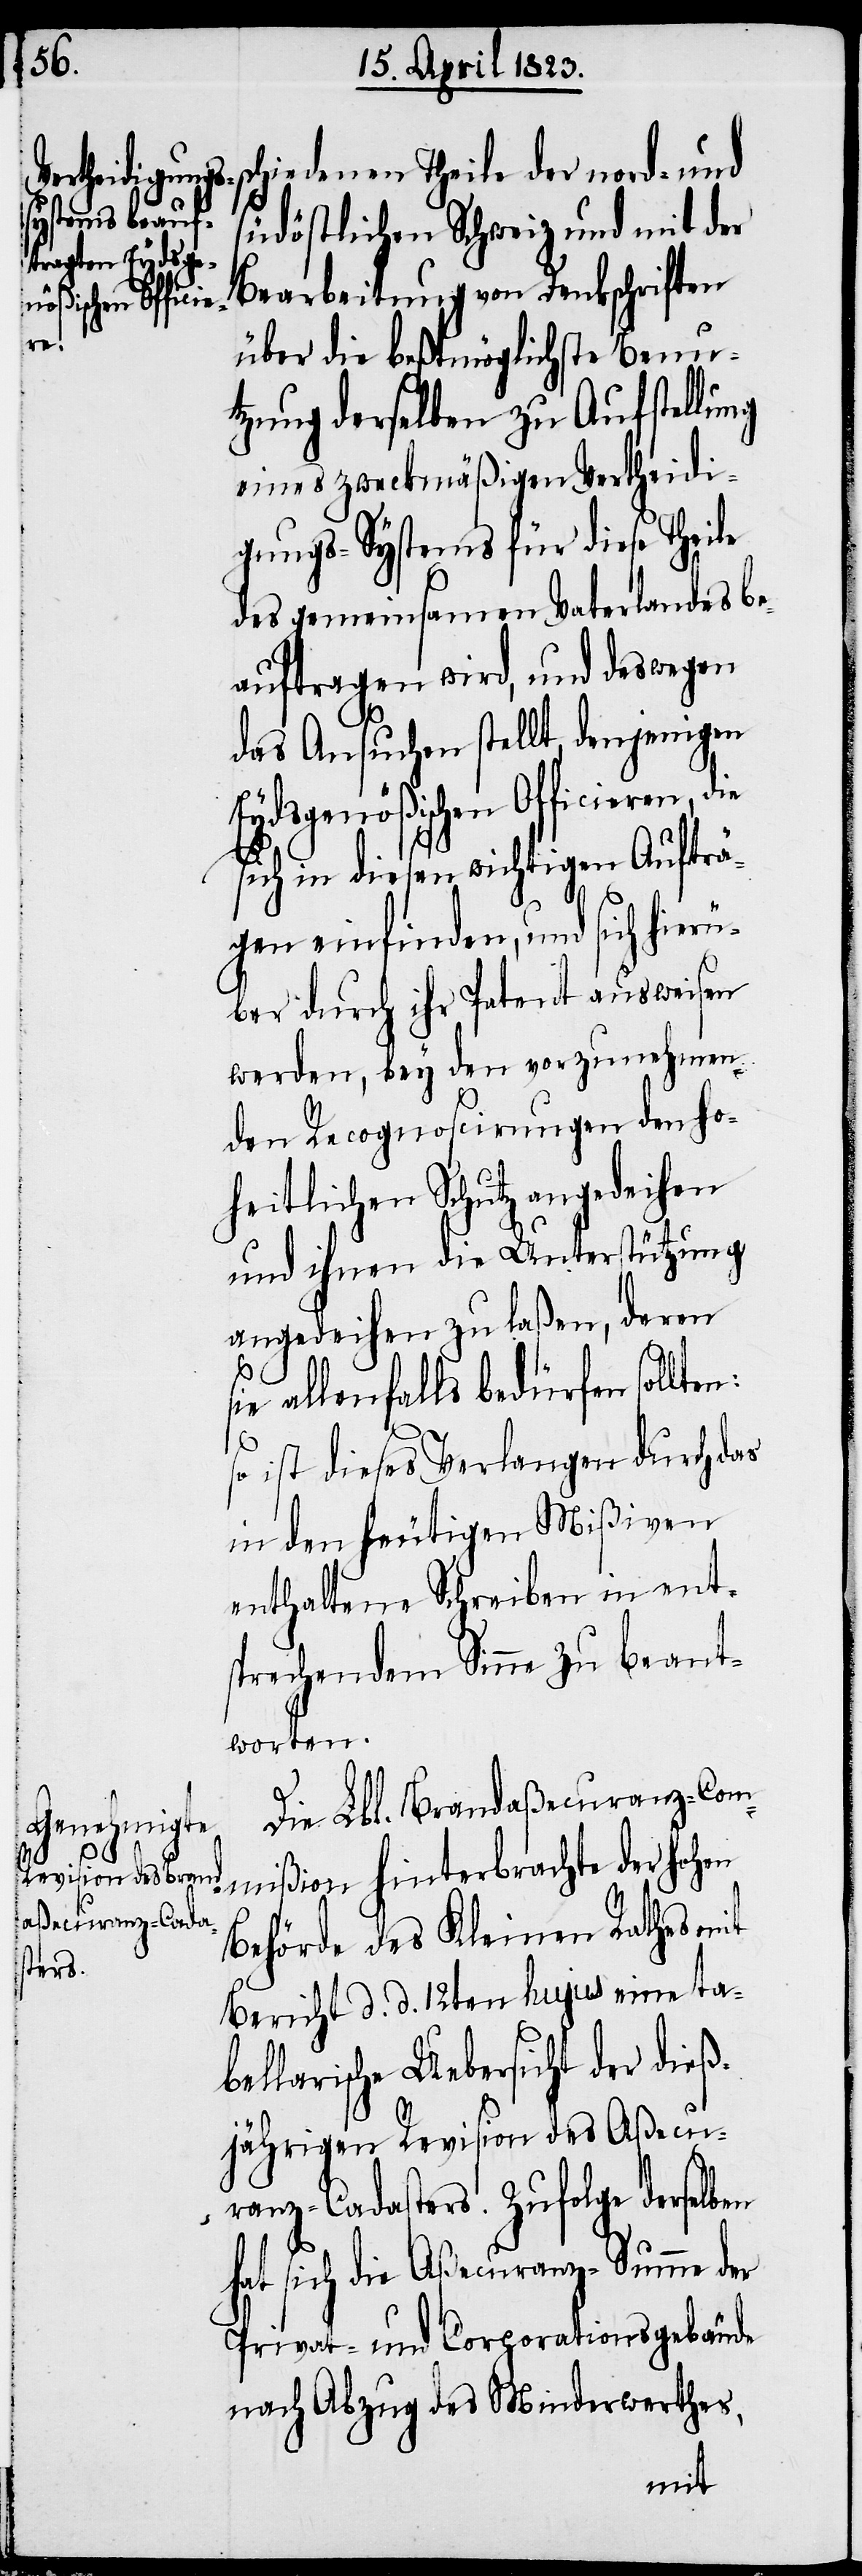
schiedenen Theile der nord- und
südöstlichen Schweiz und mit der
Bearbeitung von Denkschriften
über die beßtmöglichste Benu¬
tzung derselben zu Aufstellung
eines zweckmäßigen Vertheidi¬
gungs-Systems für diese Theile
des gemeinsamen Vaterlandes be¬
auftragen wird, und deswegen
n:
das Ansuchen stellt, denjenigen
Eydsgenößischen Officieren,
sich in diesen wichtigen Aufträ¬
gen einfinden, und sich hierü¬
ber durch ihr Patent ausweisen
werden, bey den vorzunehmen¬
den Recognoscirungen den ho¬
heitlichen Schutz angedeihen
und ihnen die Unterstützung
angedeihen zu laßen, deren
sie allenfalls bedürfen sollte¬
so ist dieses Verlangen durch das
in den heutigen Mißiven
enthaltene Schreiben in ent¬
sprechendem Sinne zu beant¬
worten.
Die Lbl. Brandaßecuranz-Com¬
mißion hinterbrachte der hohen
Behörde des Kleinen Rathes mit
Bericht d. d. 12ten hujus eine ta¬
bellarische Uebersicht der dieß¬
jährigen Revision des Aßecu¬
ranz-Cadasters. Zufolge derselben
hat sich die Aßecuranz-Summe der
Privat- und Corporationsgebäude
nach Abzug des Minderwerthes,